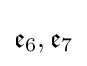
{\mathfrak {e}}_{6},{\mathfrak {e}}_{7}